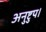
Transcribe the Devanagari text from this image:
अनुष्टुप।